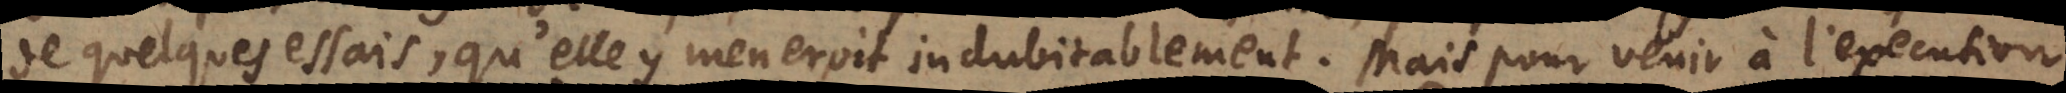
de quelques essais, qu’elle y meneroit d’une maniere indubitablement. Mais pour venir à l’execution